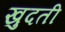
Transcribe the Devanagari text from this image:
खुदती